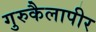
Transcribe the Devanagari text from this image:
गुरुकैलापीर